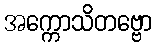
အက္ကောသိတဗ္ဗော